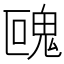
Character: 𩲰